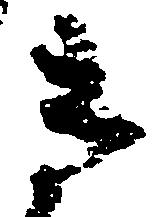
き